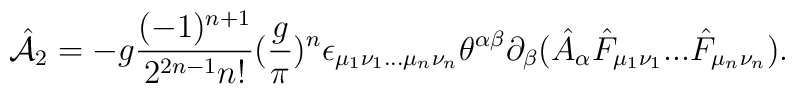
\hat{\cal A}_2=-g{{(-1)^{n+1}}\over{2^{2n-1}n!}}({{g}\over \pi})^n\epsilon _{\mu _1\nu _1...\mu _n\nu _n}\theta ^{\alpha \beta }\partial _\beta (\hat A_\alpha\hat F_{\mu _1\nu _1}...\hat F_{\mu _n\nu _n}).